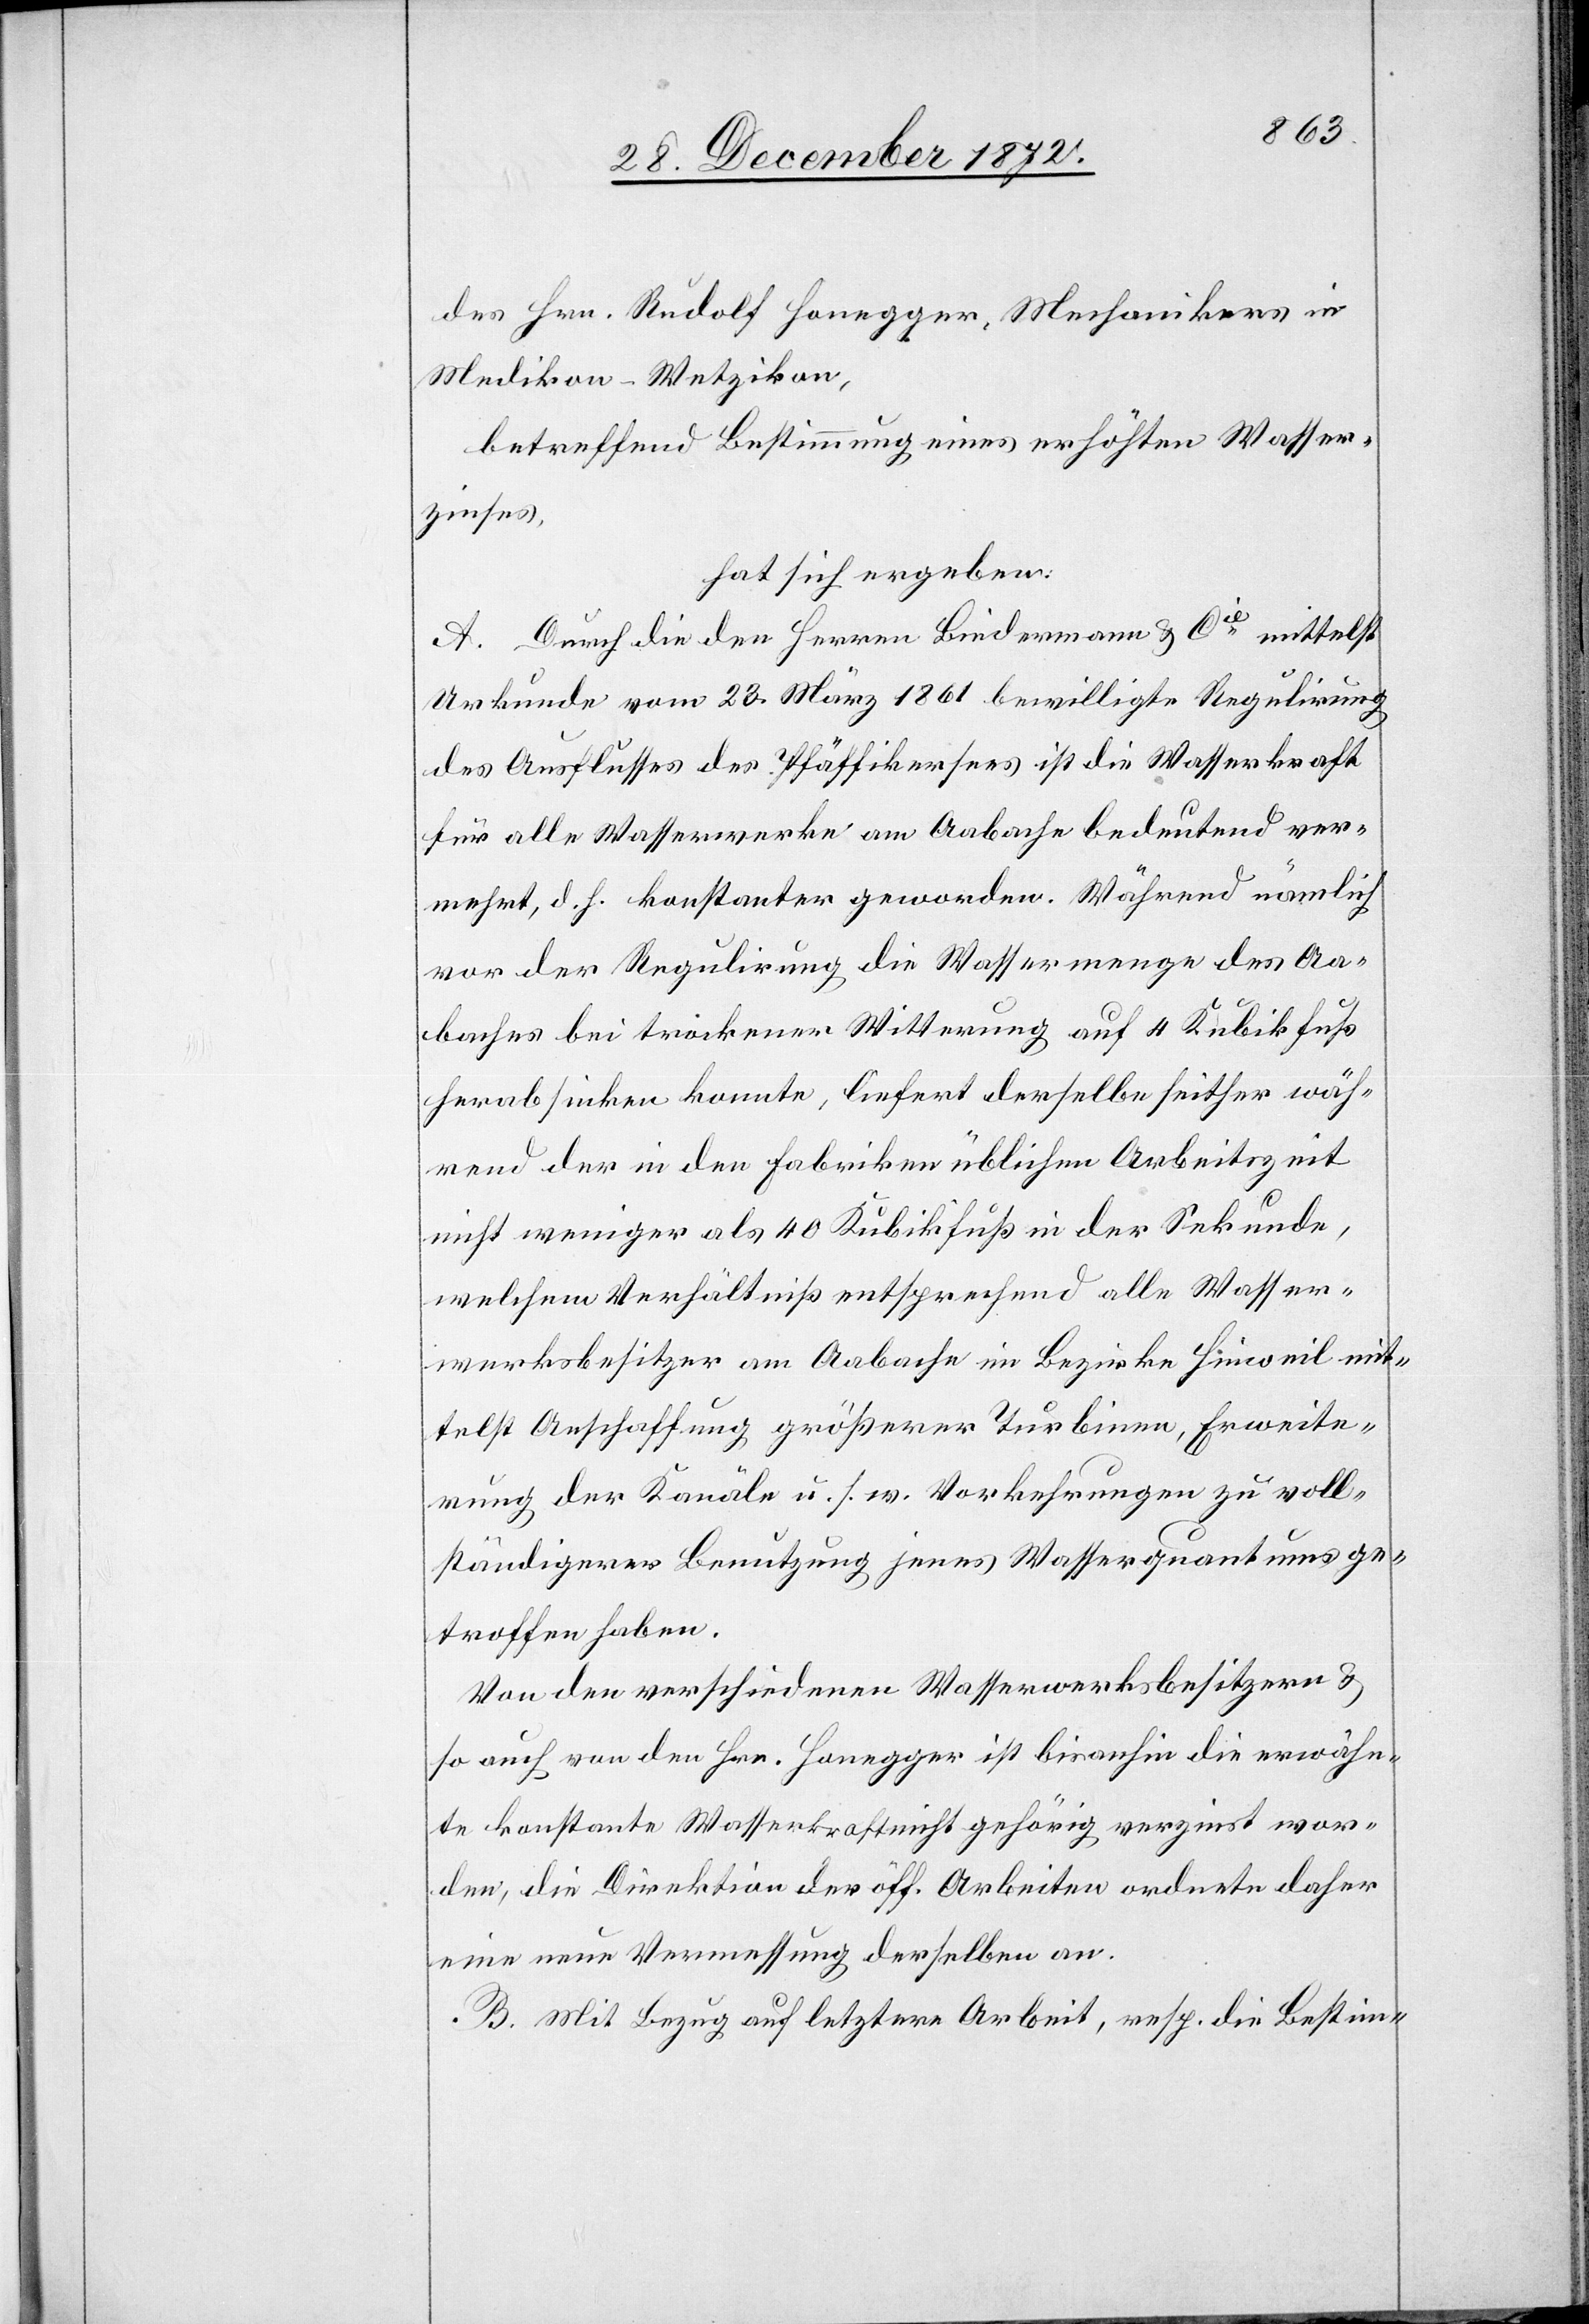
des Hrn. Rudolf Honegger, Mechanikers in
Medikon-Wetzikon,
betreffend Bestimmung eines erhöhten Wasser¬
zinses,
hat sich ergeben:
A. Durch die den Herren Biedermann u. Cie mittelst
Urkunde vom 23. März 1861 bewilligte Regulirung
des Ausflusses des Pfäffikersees ist die Wasserkraft
für alle Wasserwerke am Aabache bedeutend ver¬
mehrt, d. h. konstanter geworden. Während nämlich
vor der Regulirung die Wassermenge des Aa¬
baches bei trockener Witterung auf 4 Kubikfuß
herabsinken konnte, liefert derselbe seither wäh¬
rend der in den Fabriken üblichen Arbeitszeit
nicht weniger als 40 Kubikfuß in der Sekunde,
welchem Verhältniß entsprechend alle Wasser¬
werksbesitzer am Aabache im Bezirke Hinweil mit¬
telst Anschaffung größerer Turbinen, Erweite¬
rung der Kanäle u. s. w. Vorkehrungen zu voll¬
ständigerer Benutzung jenes Wasserquantums ge¬
troffen haben.
Von den verschiedenen Wasserwerksbesitzern u.
so auch von den Hrn. Honegger ist bisanhin die erwähn¬
te konstante Wasserkraft nicht gehörig verzinst wor¬
den, die Direktion der öff. Arbeiten ordnete daher
eine neue Vermessung derselben an.
B. Mit Bezug auf letztere Arbeit, resp. die Bestim-